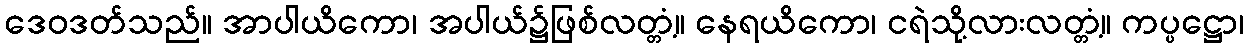
ဒေဝဒတ်သည်။ အာပါယိကော၊ အပါယ်၌ဖြစ်လတ္တံ့။ နေရယိကော၊ ငရဲသို့လားလတ္တံ့။ ကပ္ပဋ္ဌော၊